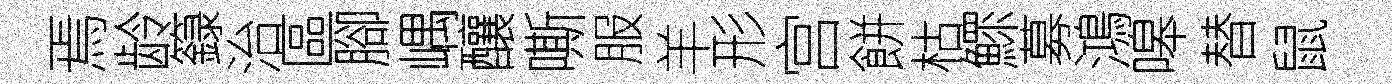
焉龄籙治區腳嵎釀嘶服羊形宫餅枯鰥募鴻嗥替鼠